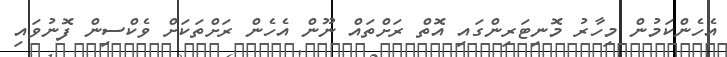
އެހެންކަމުން މިހާރު މޮނިޓަރިންގައި އޮތް ރަށްތަައް ނޫން އެހެން ރަށްތަކަށް ވެކްސިން ފޮނުވައި